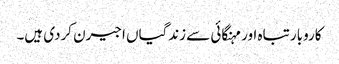
کاروبار تباہ اور مہنگائی سے زندگیاں اجیرن کردی ہیں۔